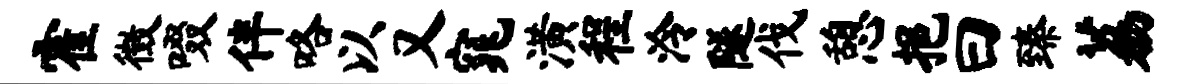
霍徵啜伴咯以又窕潢程泠隧伐憩挹曰臻荔